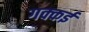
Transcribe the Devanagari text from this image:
गक्‍कई